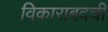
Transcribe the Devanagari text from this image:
विकाराबदची